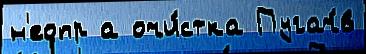
н'еопр а очи́стка Пугач́в